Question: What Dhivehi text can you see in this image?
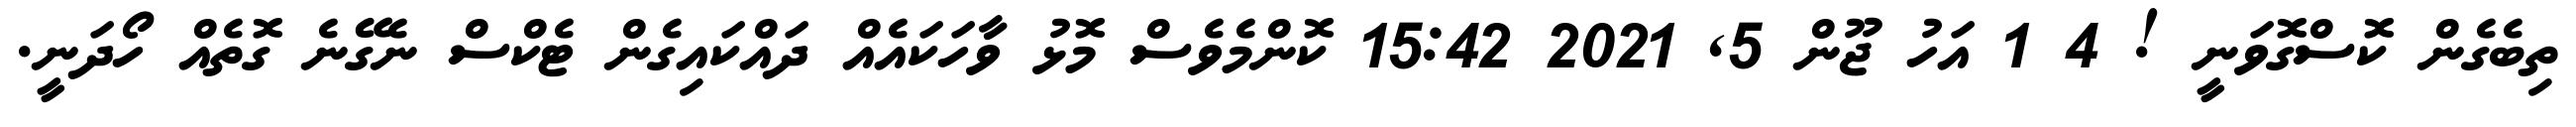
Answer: ތިބެގެން ކޮސްގޮވަނީ ! 4 1 އަހު ޖޫން 5, 2021 15:42 ކޮންމެވެސް މޮޅު ވާހަކައެއް ދައްކައިގެން ޓެކްސް ނެގޭނެ ގޮތެއް ހޯދަނީ.